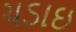
ચડાઇ